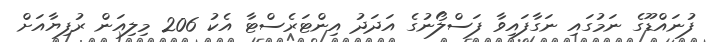
ފުނައްޑޫގެ ނަމުގައި ނަގާފައިވާ ފަސްލޯނުގެ އަދަދު އިންޓަރެސްޓާ އެކު 206 މިލިއަން ރުފިޔާއަށް